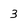
Character: 3